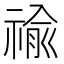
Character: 䄖